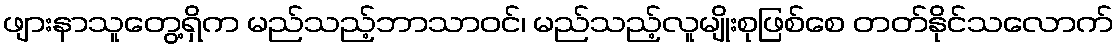
ဖျားနာသူတွေ့ရှိက မည်သည့်ဘာသာဝင်၊ မည်သည့်လူမျိုးစုဖြစ်စေ တတ်နိုင်သလောက်